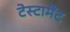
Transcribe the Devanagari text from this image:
टेस्टामैंट